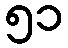
၅၁